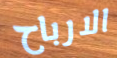
الارباح